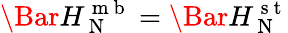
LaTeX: \Bar{H}_{\mathrm{~N~}}^{\mathrm{~m~b~}}=\Bar{H}_{\mathrm{~N~}}^{\mathrm{~s~t~}}